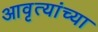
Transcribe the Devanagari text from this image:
आवृत्यांच्या